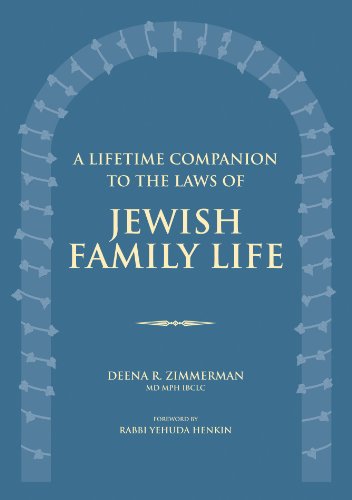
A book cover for A Lifetime Companion to the Laws of Jewish Family Life; Deena R. Zimmerman MD  MPh  IBCLC; Religion & Spirituality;